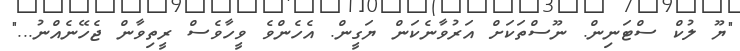
"ޔޫ ލުކް ސްޓަނިން. ނޫސްތަކަށް އަރުވާނެކަން ޔަގީން. އެހެންވެ ވީހާވެސް ރީތިވާން ޖެހޭނެއްނު..."